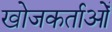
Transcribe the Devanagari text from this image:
खोजकर्ताओँ